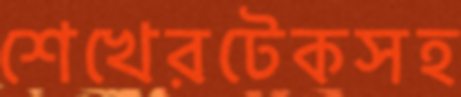
শেখেরটেকসহ